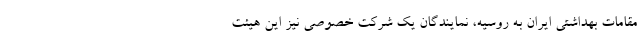
مقامات بهداشتی ایران به روسیه، نمایندگان یک شرکت خصوصی نیز این هیئت